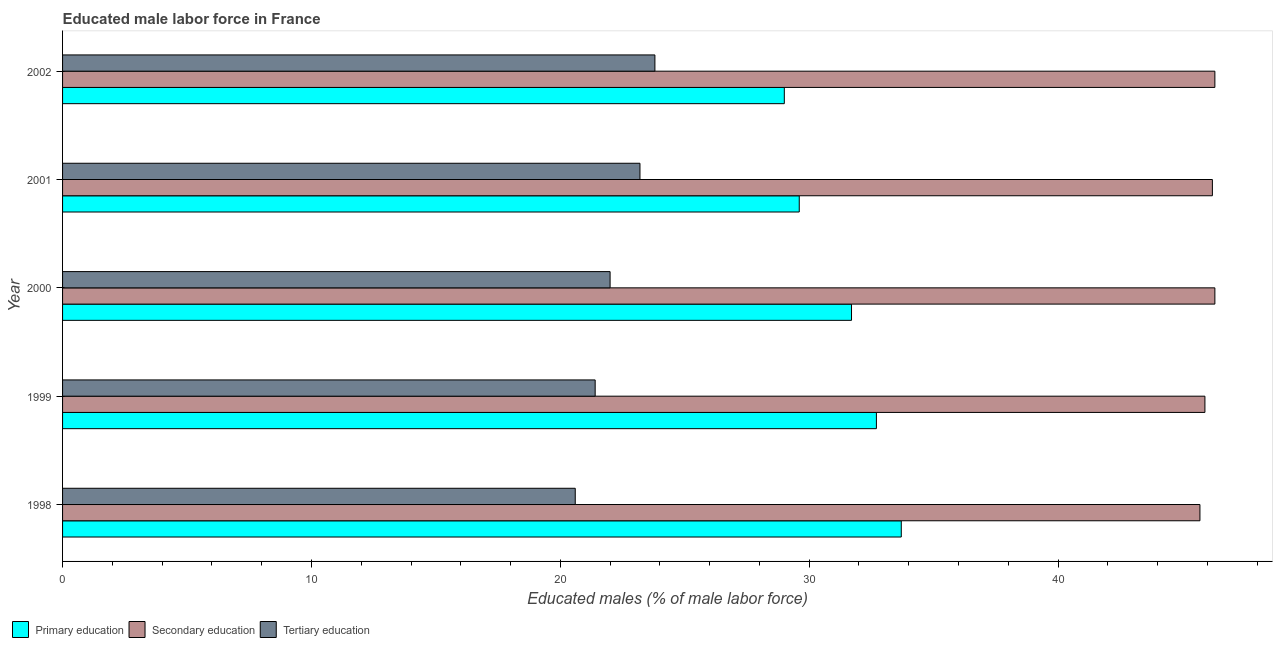
| Year | Primary education | Secondary education | Tertiary education |
 | --- | --- | --- | --- |
 | 1998 | 33.7 | 45.7 | 20.6 |
 | 1999 | 32.7 | 45.9 | 21.4 |
 | 2000 | 31.7 | 46.3 | 22 |
 | 2001 | 29.6 | 46.2 | 23.2 |
 | 2002 | 29 | 46.3 | 23.8 |